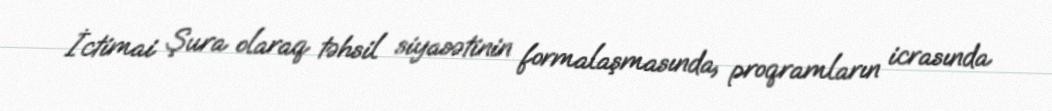
İctimai Şura olaraq təhsil siyasətinin formalaşmasında, proqramların icrasında